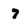
Character: 7